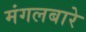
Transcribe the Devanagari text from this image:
मंगलबारे